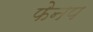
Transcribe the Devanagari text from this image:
फेनप